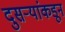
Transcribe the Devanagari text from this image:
दुसर्‍यांकडून